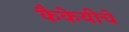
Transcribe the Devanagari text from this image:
कैकेयीचे